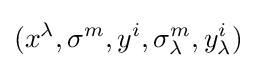
(x^{\lambda },\sigma ^{m},y^{i},\sigma _{\lambda }^{m},y_{\lambda }^{i})